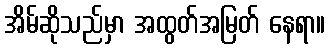
အိမ်ဆိုသည်မှာ အထွတ်အမြတ် နေရာ။